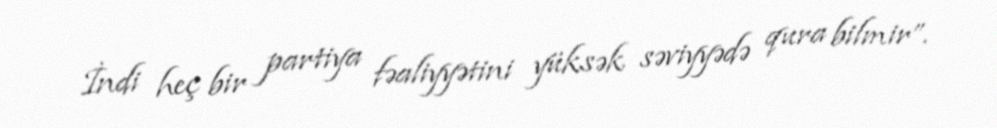
İndi heç bir partiya fəaliyyətini yüksək səviyyədə qura bilmir”.